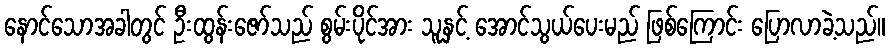
နောင်သောအခါတွင် ဦးထွန်းဇော်သည် စွမ်းပိုင်အား သူနှင့် အောင်သွယ်ပေးမည် ဖြစ်ကြောင်း ပြောလာခဲ့သည်။